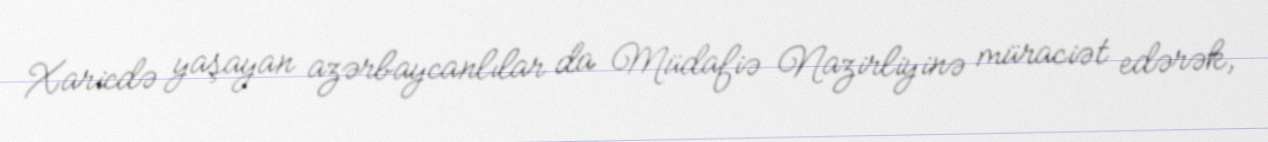
Xaricdə yaşayan azərbaycanlılar da Müdafiə Nazirliyinə müraciət edərək,